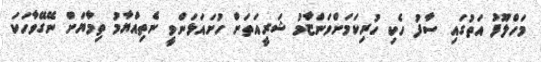
މަހްލޫފު އަތުގައި ސާފު ހެކި ހުރިކަމަށްވަންޏާމު ޝަރީއަތަށް ހުށައަޅަންވީ ނެތިއްޔާމު ތިމާޔަށް ނޭގޭވާހަކަ